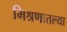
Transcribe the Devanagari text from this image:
मिश्रणातल्या